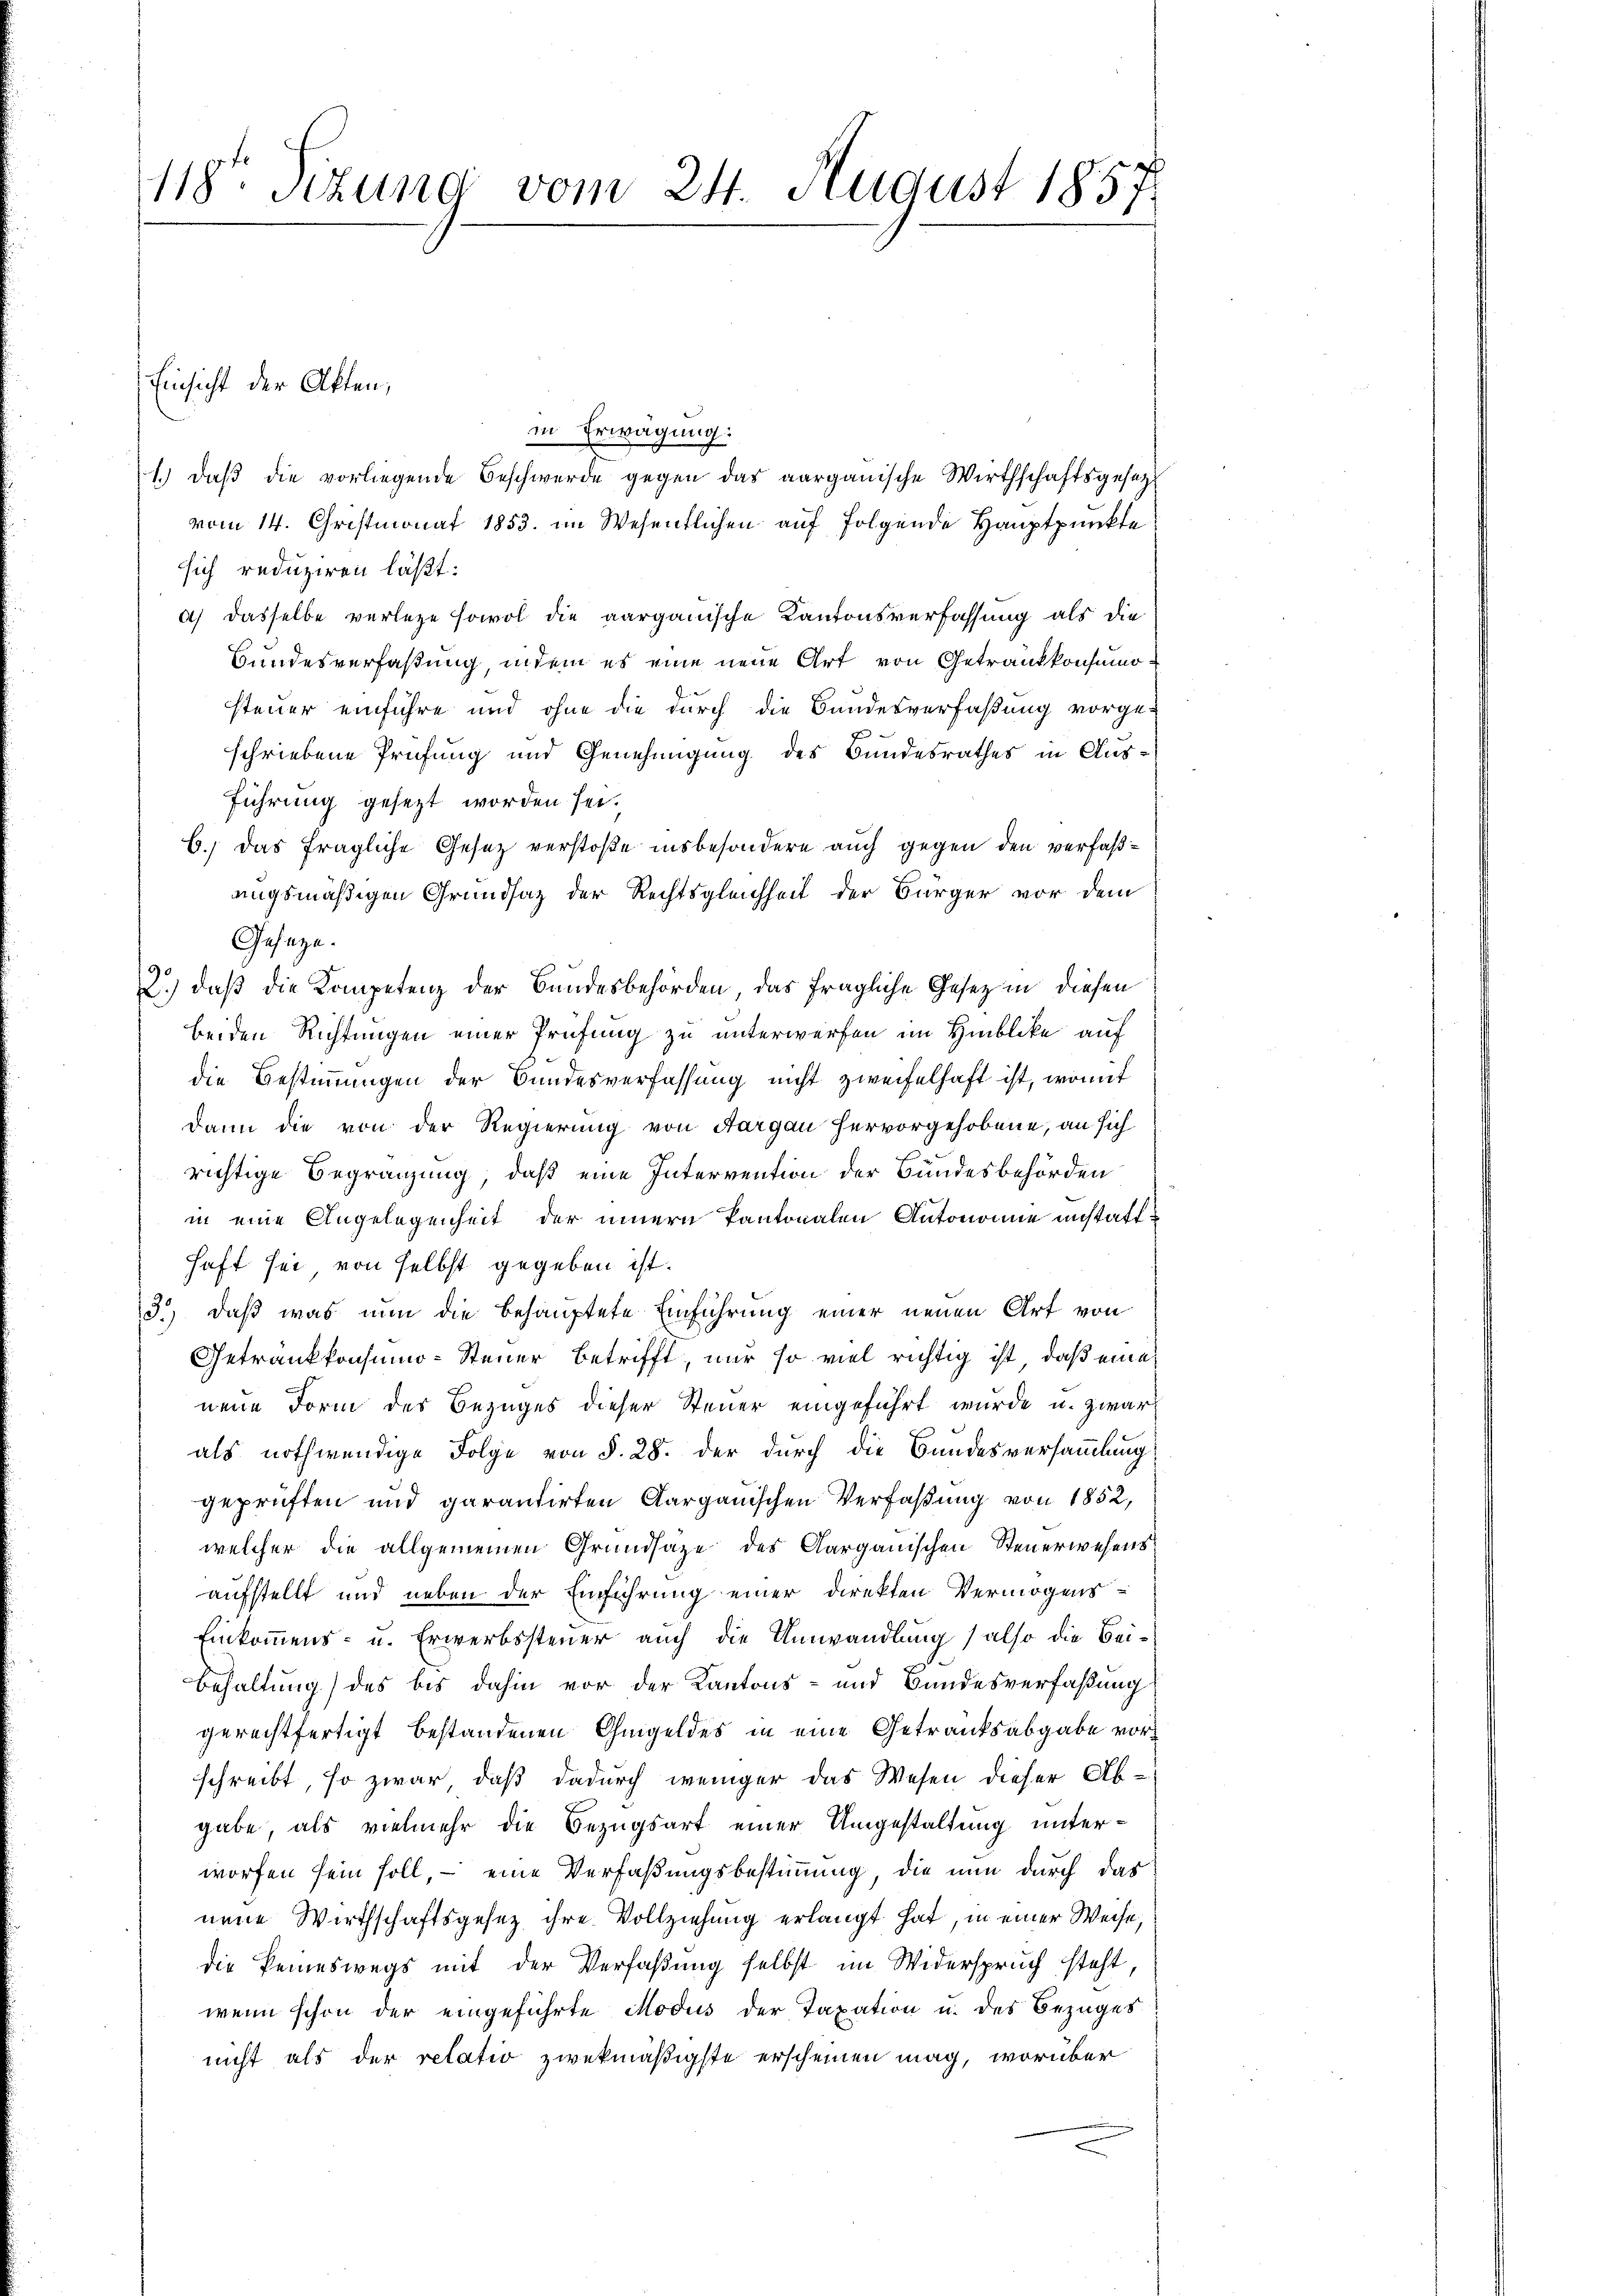
118te Sitzung vom 24. August 1857

in Erwägung:
1.) daβ die vorliegende Beschwerde gegen das aarganische Wirthschaftsgesetz
vom 14. Christmonat 1853. im Wesentlichen auf folgende Hauptpunkte
sich reduziren läßt:
a) dasselbe verlege sowol die aargauische Kantonsverfassung als die
Bundesverfaßung, indem es eine neue Art von Getrankkonsumosteuer einführe und ohne die durch die Bandesverfaßung vorge-
schriebene Prüfung und Genehmigung des Bundesrathes in Ausführung gesezt worden sei.
6.) Das fragliche Gesetz verstoße insbesondere auch gegen den verfaßungsmäßigen Grundsatz der Rechtsgleichheit der Bürger vor dem
Gesetze.
2.) daß die Kompetenz der Bundesbehörden, das fragliche Gesetz in diesen
beiden Richtungen einer Prüfung zu unterwerfen im Hinblicke auf
die Bestimmungen der Bundesverfassung nicht zweifelhaft ist, womit
dann die von der Regierung von Aargau hervorgehobene, an sich
richtige Begränzung, daß eine Intervention der Bundesbehörden
in eine Angelegenheit der innern Pantonalen Antonomie anstatthaft sei, von selbst gegeben ist.
3.) Daß was nun die behauptete Einführung einer neuen Art von
Getränkkonsumo-Steuer betrifft, nur so viel richtig ist, daß eine
neue Form des Bezuges dieser Steuer eingeführt wurde u. zwar
als nothwendige Folge von §. 28. der durch die Bundesversammlung
geprüften und garantirten Aargauischen Verfaßung von 1852,
welcher die allgemeinen Grundsaze des Aargauischen Steuerwesens
aufstellt und neben der Einführung einer Direkten Vermögens-
Einkommens- u. Erwerbssteuer auch die Umwandlung (also die Bei¬
Behaltung) des bis dahin vor der Kantons- und Bundesverfaßung
gerechtfertigt bestandenen Ohmgeldes in eine Getranksabgabe vorschreibt, so zwar, daß dadurch weniger das Wesen dieser Abgabe, als vielmehr die Bezugsart einer Umgestaltung unterworfen sein soll, – eine Verfaßungsbestimmung, die nun durch das
neue Wirthschaftsgesez ihre Vollziehung erlangt hat, in einer Weise,
die keineswegs mit der Verfaßung selbst im Widerspruch steht,
wenn schon der eingeführte Modus der Taxation u. des Bezuges
nicht als der relativ zwekmäßigste erscheinen mag, worüber

Einsicht der Akten,